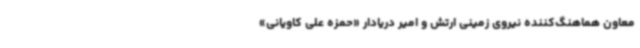
معاون هماهنگ‌کننده نیروی زمینی ارتش و امیر دریادار «حمزه علی کاویانی»